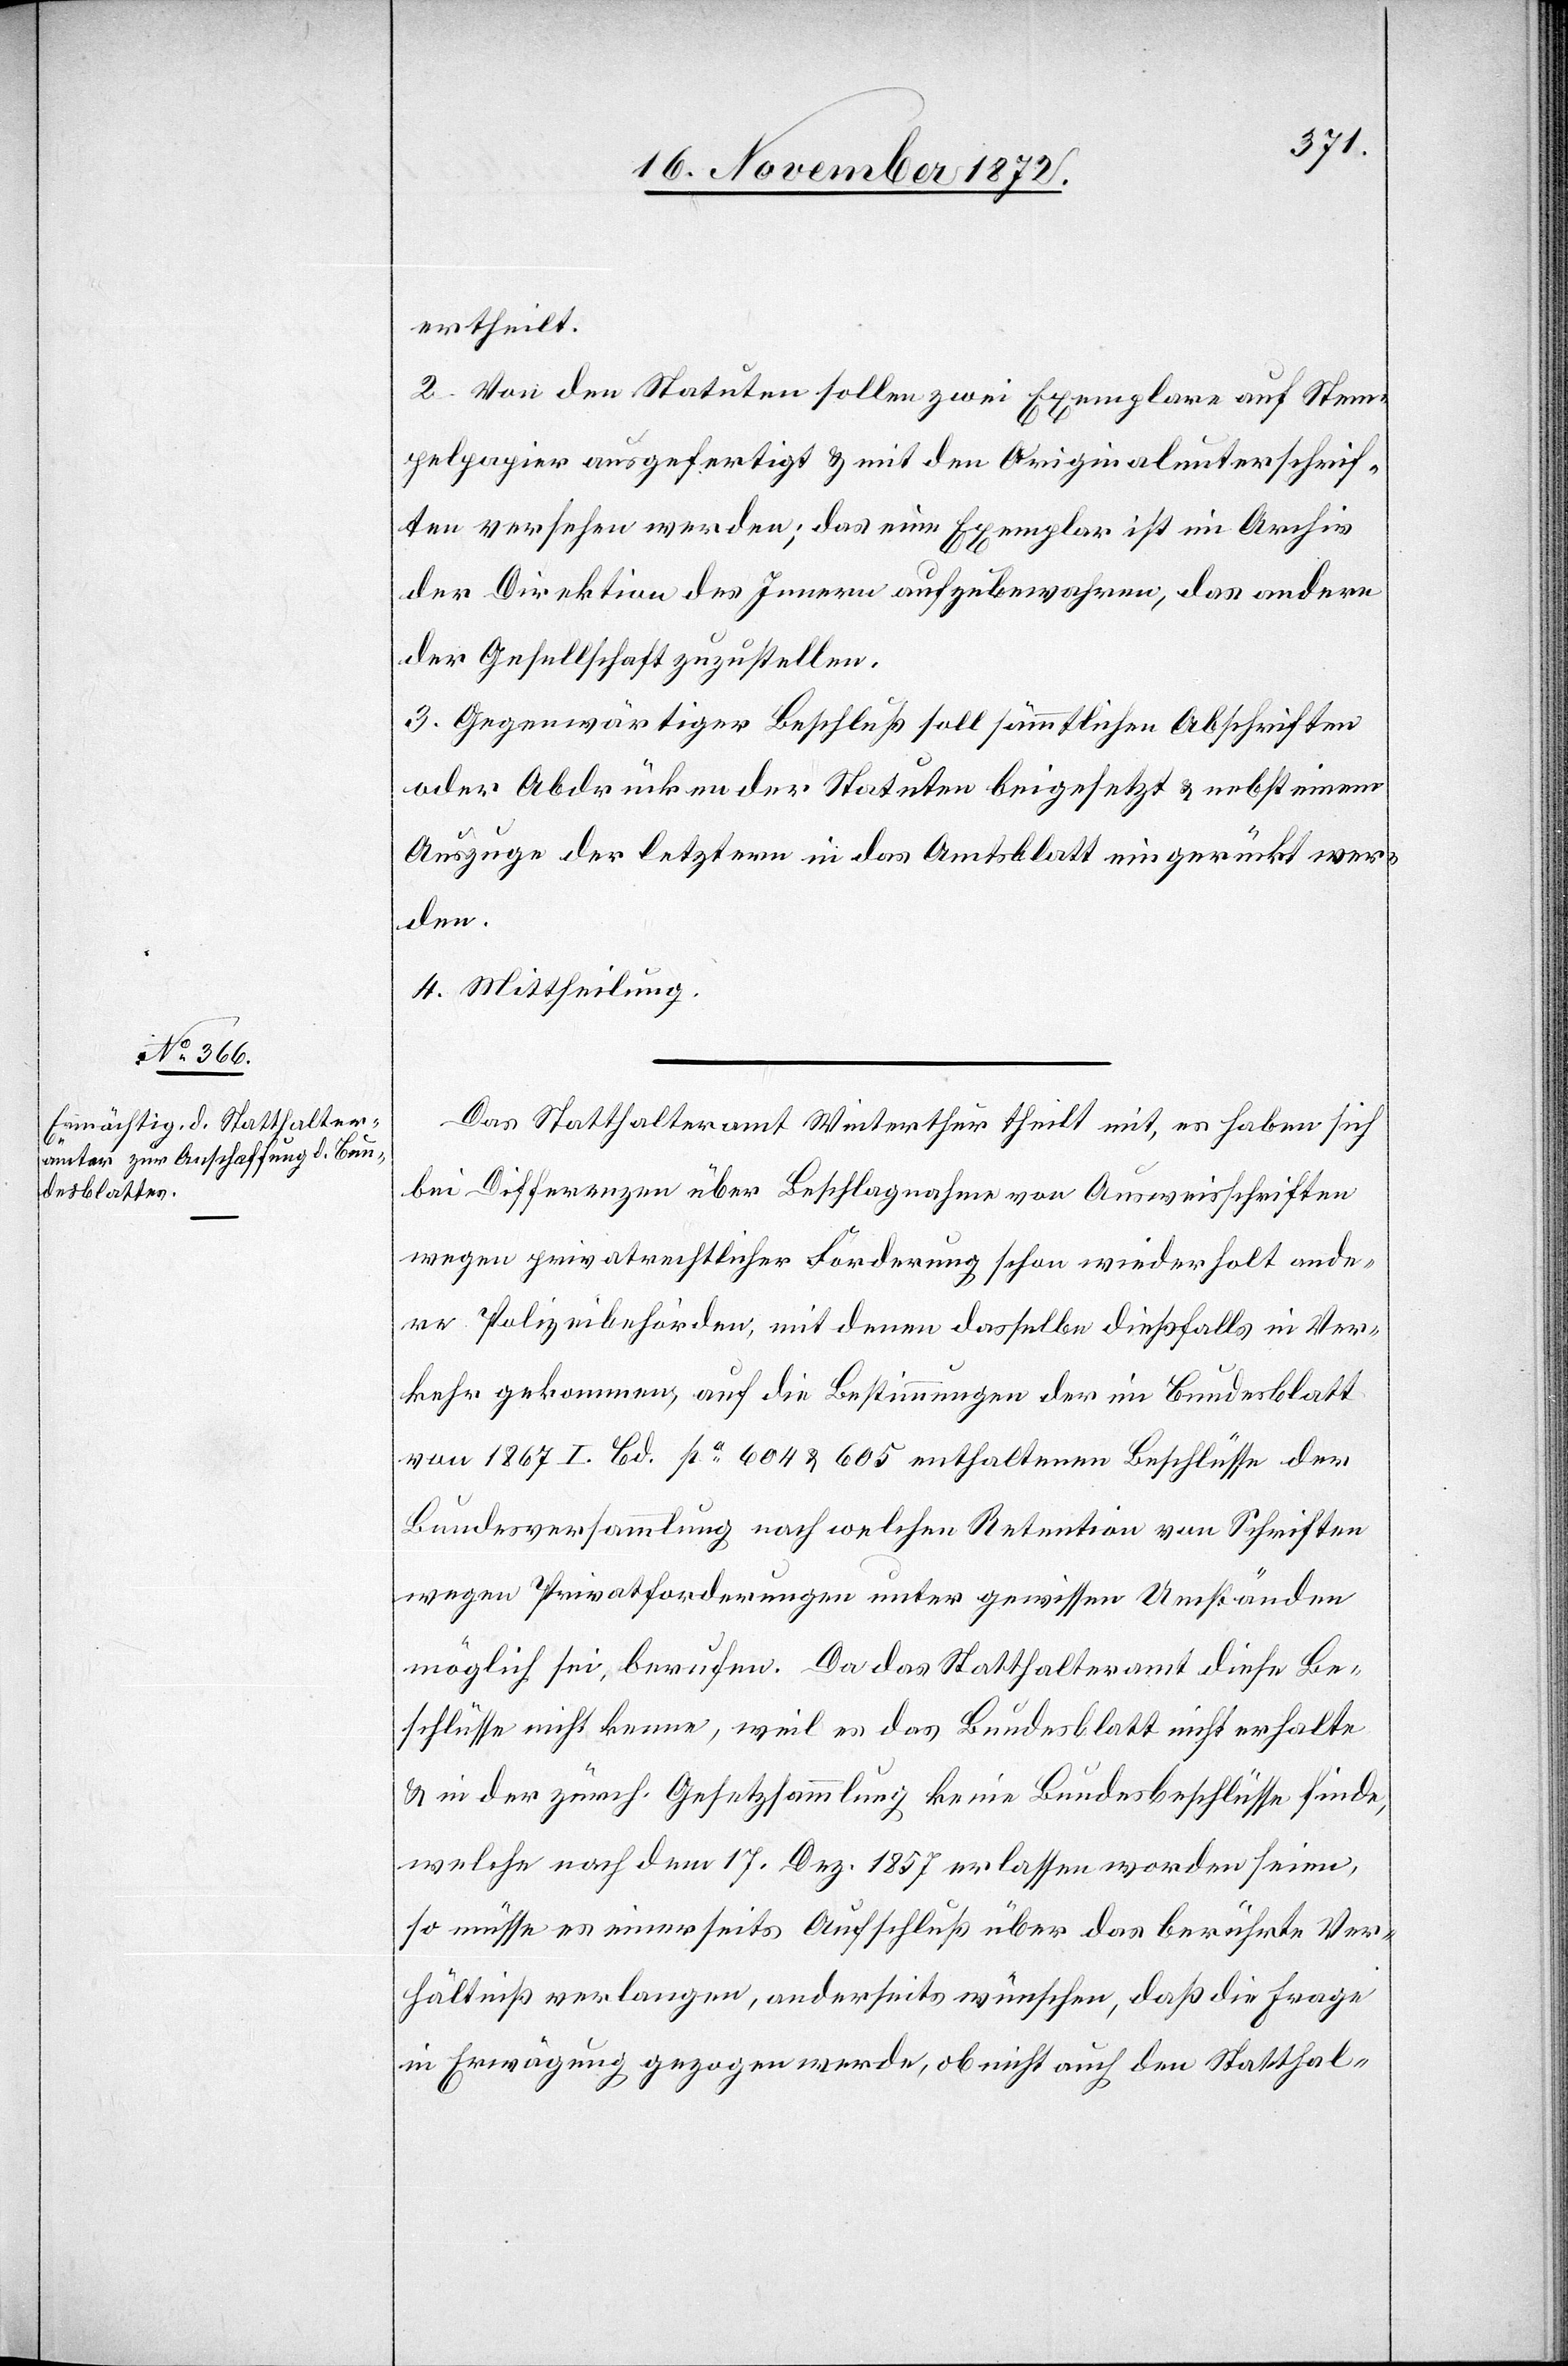
ertheilt.
2. Von den Statuten sollen zwei Exemplare auf Stem¬
pelpapier ausgefertigt u. mit den Originalunterschrif¬
ten versehen werden; das eine Exemplar ist im Archiv
der Direktion des Innern aufzubewahren, das andere
der Gesellschaft zuzustellen.
3. Gegenwärtiger Beschluß soll sämmtlichen Abschriften
oder Abdrücken der Statuten beigesetzt u. nebst einem
Auszuge der letztern in das Amtsblatt eingerückt wer¬
den.
4. Mittheilung.
Das Statthalteramt Winterthur theil mit, es haben sich
bei Differenzen über Beschlagnahme von Ausweisschriften
wegen privatrechtlicher Förderung schon wiederholt ande¬
re Polizeibehörden, mit denen dasselbe dießfalls in Ver¬
kehr gekommen, auf die Bestimmungen der im Bundesblatt
von 1867 I Bd. pa 604 u. 605 enthaltenen Beschlüsse der
Bundesversammlung nach welchen Retention von Schriften
wegen Privatforderungen unter gewissen Umständen
möglich sei, berufen. Da das Statthalteramt diese Be¬
schlüsse nicht kenne, weil es das Bundesblatt nicht erhalte
u. in der zürch. Gesetzsammlung keine Bundesbeschlüsse finde,
welche nach dem 17. Dez. 1857 erlassen worden seien,
so müsse es einerseits Aufschluß über das berührte Ver¬
hältniß verlangen, anderseits wünschen, daß die Frage
in Erwägung gezogen werde, ob nicht auch den Statthal-